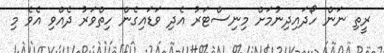
ރީތި ނަން ހޯދައިދިނުމަށް މިނިސްޓަރު އެދި ވަޑައިގެން ހިތްވަރު ދެއްވި އެވެ މި